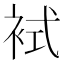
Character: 𧙢